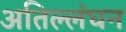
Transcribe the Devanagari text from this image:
अतिल्लंघन